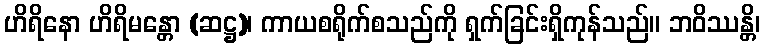
ဟိရိနော ဟိရိမန္တော (ဆဋ္ဌ)၊ ကာယစရိုက်စသည်ကို ရှက်ခြင်းရှိကုန်သည်။ ဘဝိဿန္တိ၊